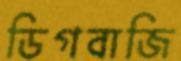
ডিগবাজি